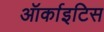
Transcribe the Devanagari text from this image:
ऑर्काइटिस